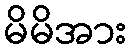
မိမိအား